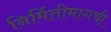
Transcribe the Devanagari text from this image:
निर्मितीमागची